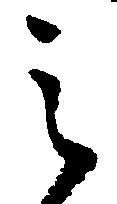
之